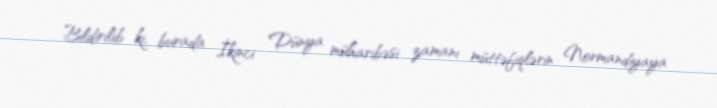
Bildirilib ki, burada İkinci Dünya müharibəsi zamanı müttəfiqlərin Normandiyaya